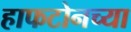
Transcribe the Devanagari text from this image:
हाफटोनच्या